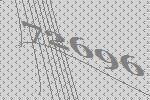
72696